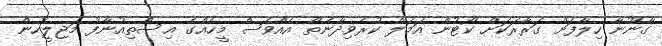
ގާނޫނާ ހިލާފަށް ގަރާރަކަށް ކޯޓުން އަމަލް ކުރެވިދާނެތޯ އެއްވެސް މީހެއްގެ އިސްތިއުނާފު މަޖިލީހުން